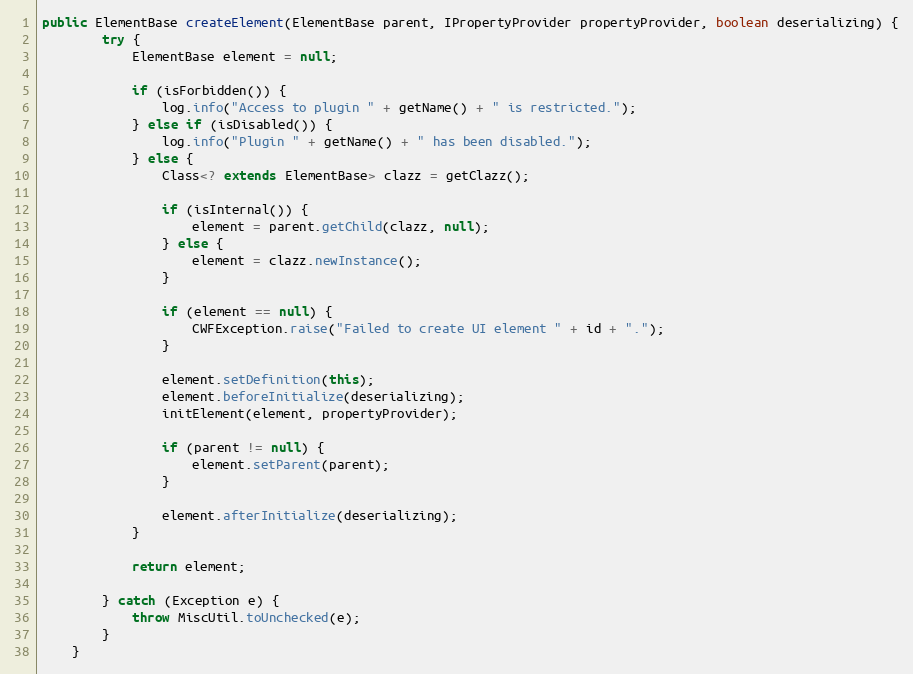
Language: Java
public ElementBase createElement(ElementBase parent, IPropertyProvider propertyProvider, boolean deserializing) {
        try {
            ElementBase element = null;

            if (isForbidden()) {
                log.info("Access to plugin " + getName() + " is restricted.");
            } else if (isDisabled()) {
                log.info("Plugin " + getName() + " has been disabled.");
            } else {
                Class<? extends ElementBase> clazz = getClazz();

                if (isInternal()) {
                    element = parent.getChild(clazz, null);
                } else {
                    element = clazz.newInstance();
                }

                if (element == null) {
                    CWFException.raise("Failed to create UI element " + id + ".");
                }

                element.setDefinition(this);
                element.beforeInitialize(deserializing);
                initElement(element, propertyProvider);

                if (parent != null) {
                    element.setParent(parent);
                }

                element.afterInitialize(deserializing);
            }

            return element;

        } catch (Exception e) {
            throw MiscUtil.toUnchecked(e);
        }
    }